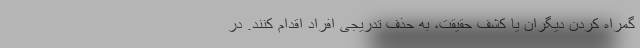
گمراه کردن دیگران یا کشف حقیقت، به حذف تدریجی افراد اقدام کنند. در